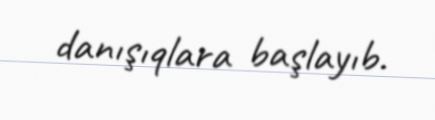
danışıqlara başlayıb.